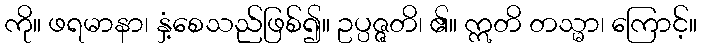
ကို။ ဖရမာနာ၊ နှံ့စေသည်ဖြစ်၍။ ဥပ္ပဇ္ဇတိ၊ ၏။ ဣတိ တသ္မာ၊ ကြောင့်။